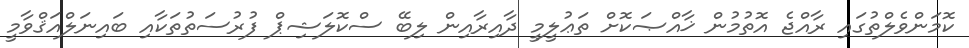
ކޮމަންވެލްތުގައި ރާއްޖެ އޮތުމުން ޚާއްޞަކޮށް ތަޢުލީމީ ދާއިރާއިން ލިބޭ ސްކޮލަޝިޕް ފުރުސަތުތަކާއި ބައިނަލްއަޤްވާމީ